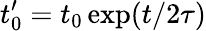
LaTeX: t_{0}^{\prime}=t_{0}\exp(t/2\tau)